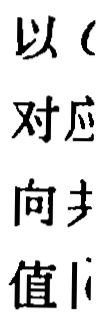
以（
对应
向扌
值l